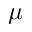
\mu